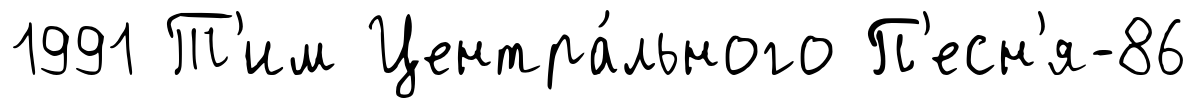
1991 Т'им Центра́льного П'есн'я-86